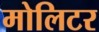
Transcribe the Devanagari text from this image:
मोलिटर